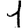
Digit: 1